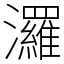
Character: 𤄷